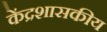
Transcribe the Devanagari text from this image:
केंद्रशासकीय